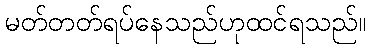
မတ်တတ်ရပ်နေသည်ဟုထင်ရသည်။